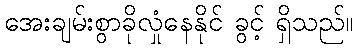
အေးချမ်းစွာခိုလှုံနေနိုင် ခွင့် ရှိသည်။